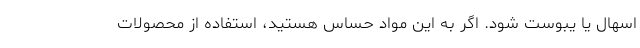
اسهال یا یبوست شود. اگر به این مواد حساس هستید، استفاده از محصولات